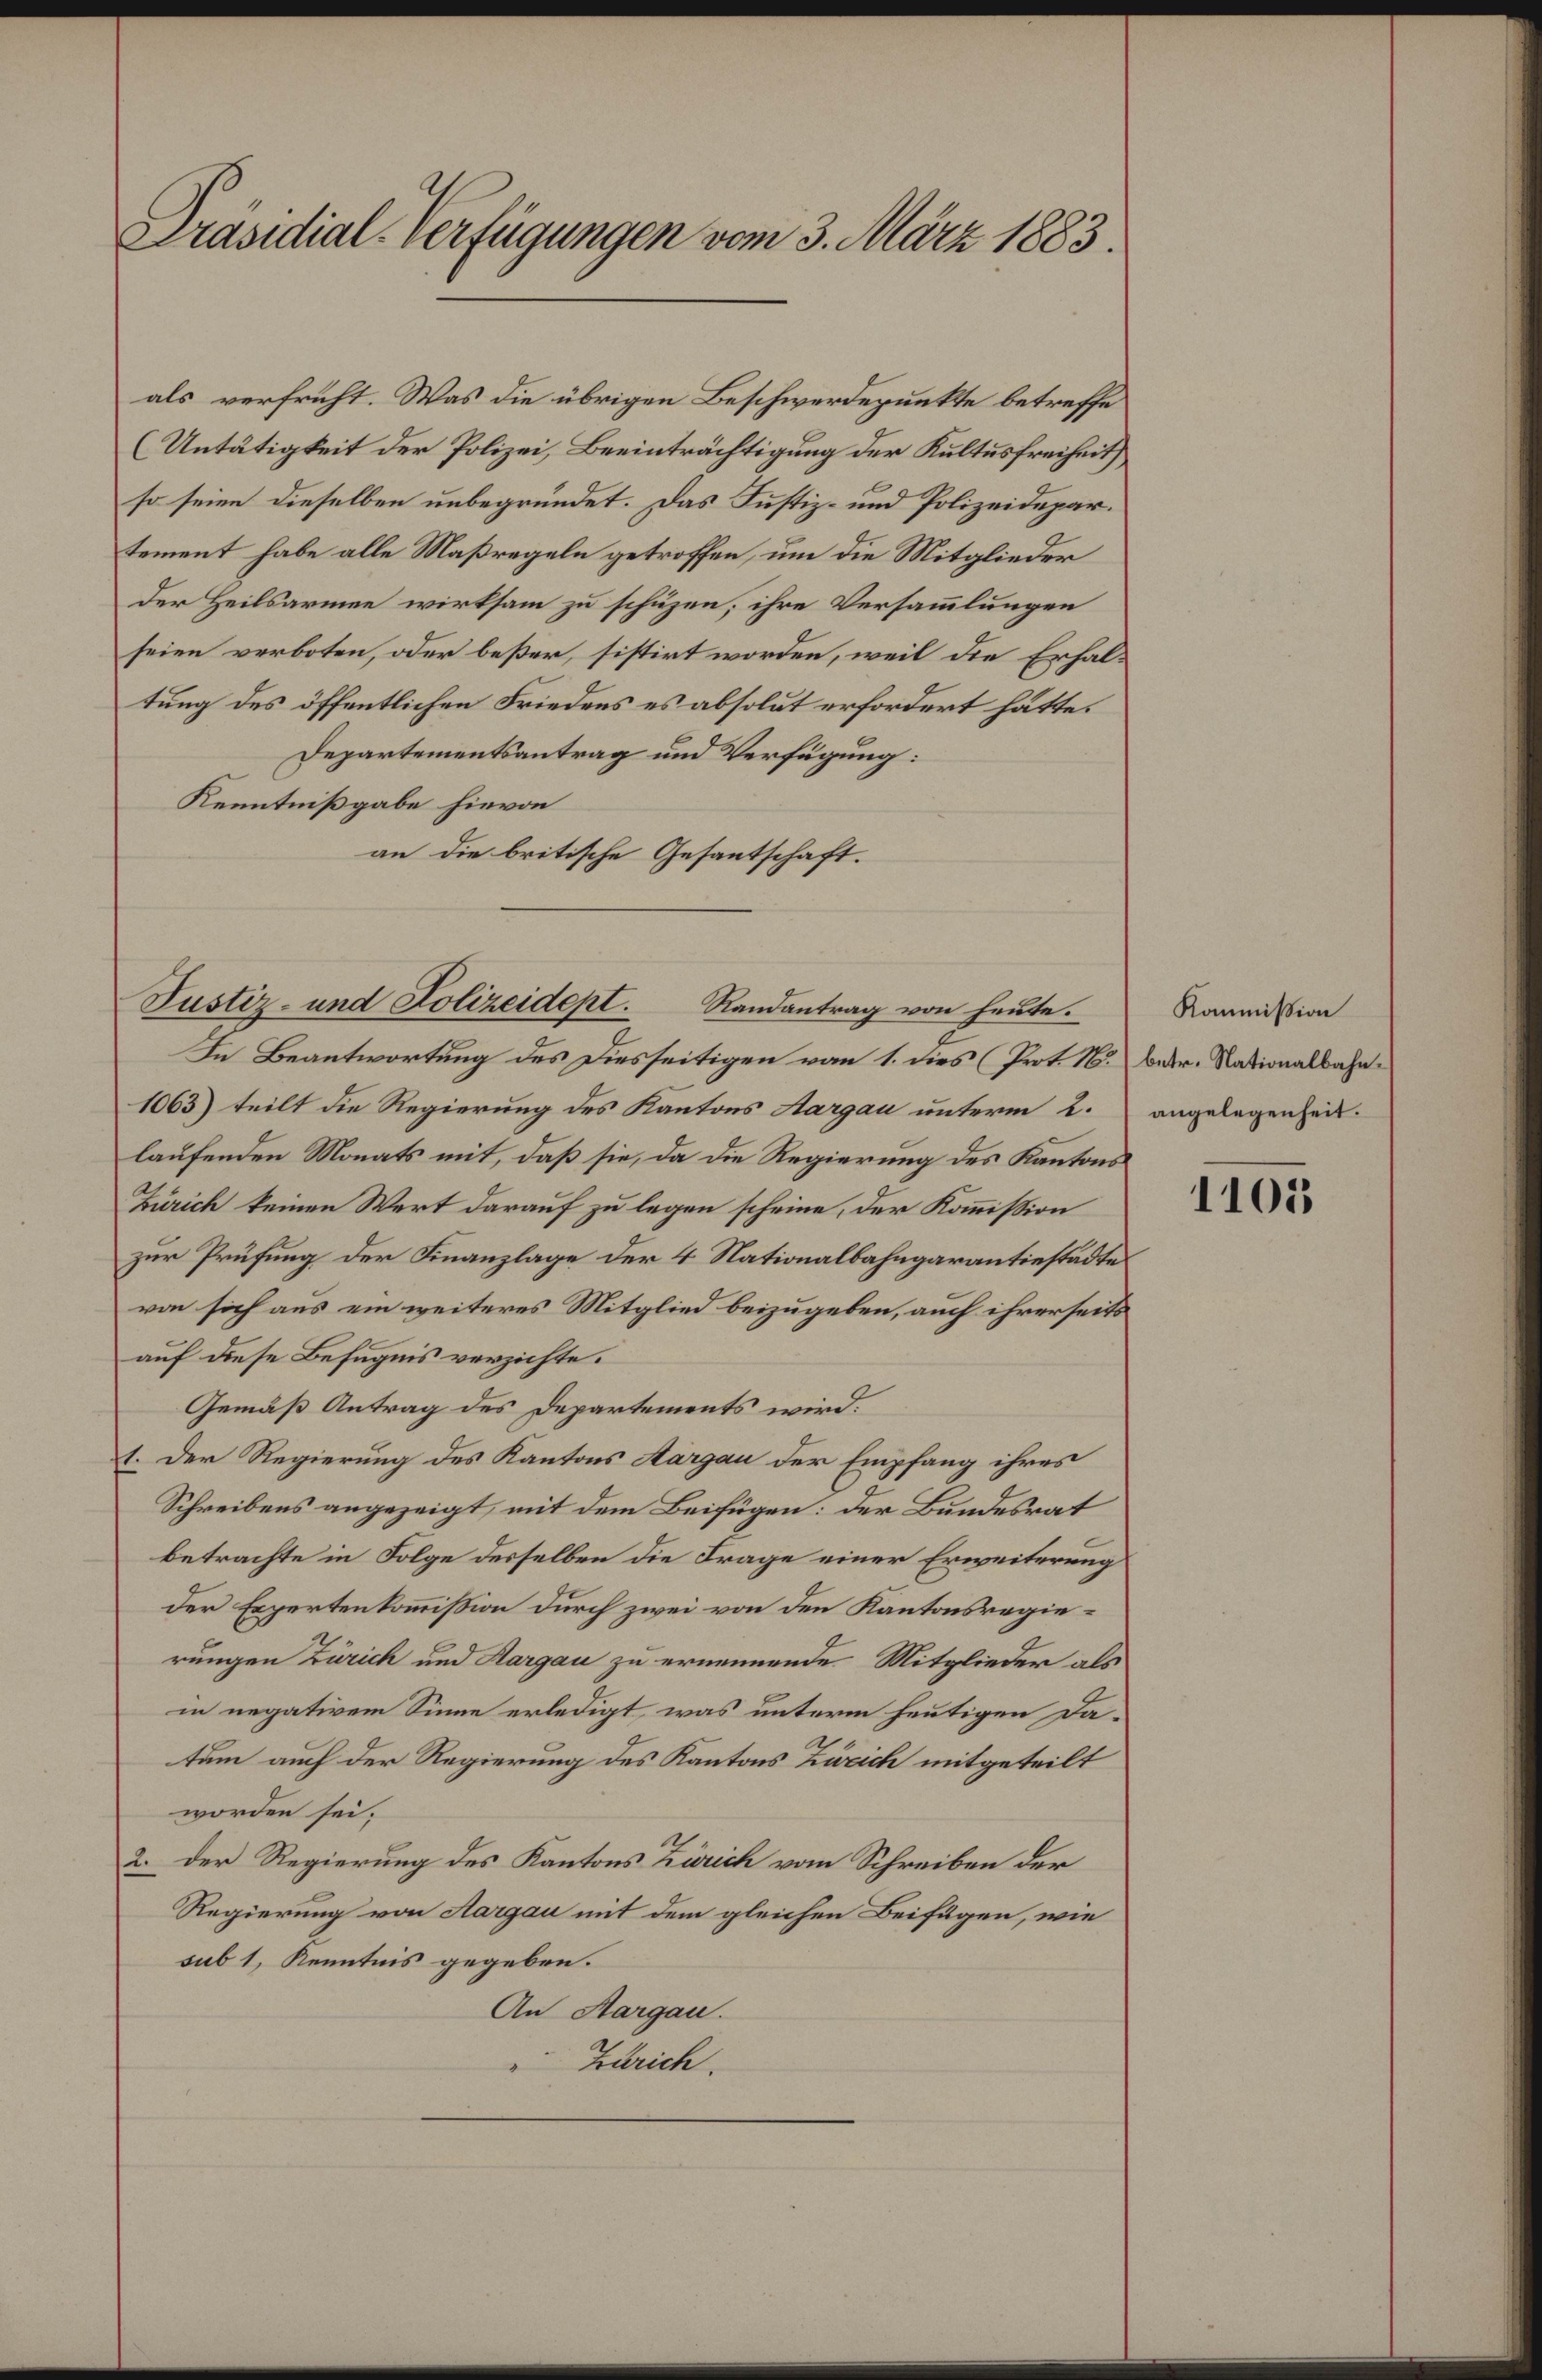
Präsidial-Verfügungen vom 3. März 1883.

als verfrüht. Was die übrigen Beschwerdepunkte betreffe
(Untätigkeit der Polizei, Beeinträchtigung der Kultus freiheit
so seien dieselben unbegründet. Das Justiz- und Polizeidepartement habe alle Maßregeln getroffen, um die Mitglieder
der Heilsarmen wirksam zu schuzen, ihre Versammlungen
seien verboten, oder beßer, sistirt worden, weil die Erhaltung des öffentlichen Friedens es absolut erfordert hätte.
Departementsantrag und Verfügung:
Kenntnißgabe hievon
an die britische Gesantschaft.
In Beantwortung des Diesseitigen vom 1. dies Prot. 16. betr. Nationalbahn¬
1063) teilt die Regierung des Kantons Aargau unterm 2. angelegenheit.
laufenden Monats mit, daß sie, da die Regierung des Kantons
Zürich keinen Wert darauf zu legen scheine, der Kommission
zur Prüfung der Finanzlage der 4 Nationalbahngarantiestädte
von sich aus ein weiteres Mitglied beizugeben, auch ihrerseits
auf diese Befugnis verzichte.
Gemäß Antrag des Departements wird.
1. Der Regierung des Kantons Aargau der Empfang ihres
Schreibens angezeigt, mit dem Beifügen: der Bundesrat
betrachte in Folge desselben die Frage einer Erweiterung
der Expertenkommission durch zwei von den Kantonsregierungen Zürich und Aargau zu ernennende Mitglieder als
in negativem Sinne erledigt, was unterm heutigen Datum auch der Regierung des Kantons Zürich mitgeteilt
worden sei.
2. Der Regierung des Kantons Zürich vom Schreiben der
Regierung von Aargau mit dem gleichen Beifügen, wie
sub 1, Kenntnis gegeben.
An Aargau.
Zürich.

Justiz- und Polizeidept. Randantrag von heute.

Kommission

1105